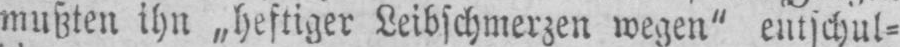
mußten ihn „heftiger Leibschmerzen wegen“ entschul⸗